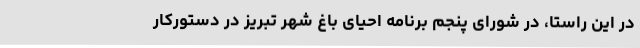
در این راستا، در شورای پنجم برنامه احیای باغ شهر تبریز در دستورکار